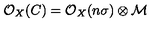
{ \cal { O } } _ { X } ( C ) = { \cal { O } } _ { X } ( n \sigma ) \otimes { \cal { M } }